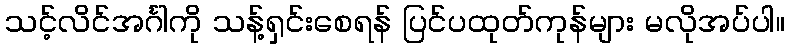
သင့်လိင်အင်္ဂါကို သန့်ရှင်းစေရန် ပြင်ပထုတ်ကုန်များ မလိုအပ်ပါ။